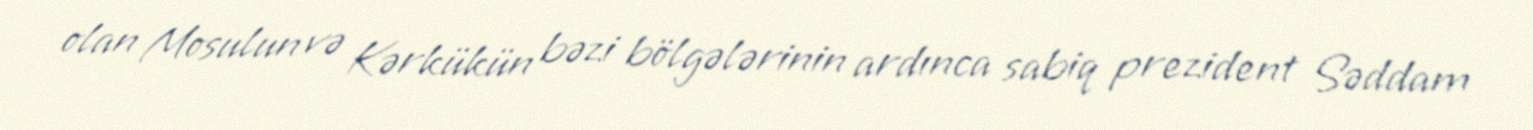
olan Mosulun və Kərkükün bəzi bölgələrinin ardınca sabiq prezident Səddam